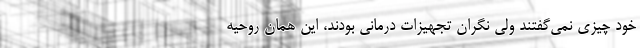
خود چیزی نمی‌گفتند ولی نگران تجهیزات درمانی بودند، این همان روحیه